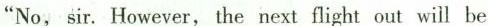
"No, sir.However, the next flight out will be